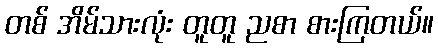
တစ် အိမ်သားလုံး တူတူ ညစာ စားကြတယ်။